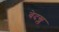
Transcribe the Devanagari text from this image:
बेदख्ल